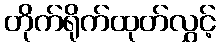
တိုက်ရိုက်ထုတ်လွှင့်